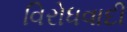
વિરોધવાદી